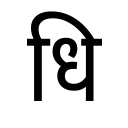
OCR:
धि